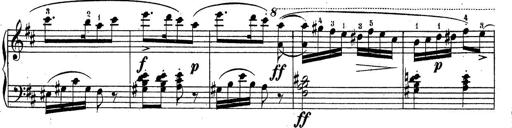
Title: Sonatine No.3
Composer: Peter Piel
Key: D major